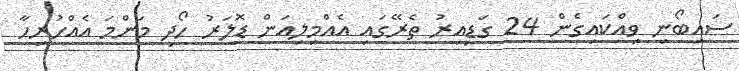
ސައިބޯނި ވިއްކައިގެން 24 ގަޑިއިރު ތެރޭގައި އެއްމިލިއަން ޑޮލަރު ހޯދި މަންމަ އެއްހުރިހާ